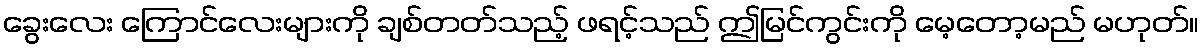
ခွေးလေး ကြောင်လေးများကို ချစ်တတ်သည့် ဖရင့်သည် ဤမြင်ကွင်းကို မေ့တော့မည် မဟုတ်။